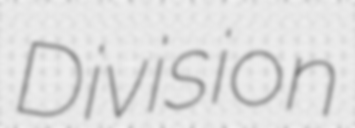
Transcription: Division